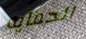
الحمايه